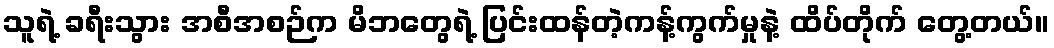
သူရဲ့ ခရီးသွား အစီအစဉ်က မိဘတွေရဲ့ ပြင်းထန်တဲ့ကန့်ကွက်မှုနဲ့ ထိပ်တိုက် တွေ့တယ်။